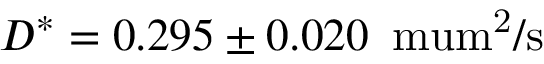
D ^ { * } = 0 . 2 9 5 \pm 0 . 0 2 0 \, \mathrm { { \ m u m ^ { 2 } / s } }